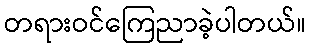
တရားဝင်ကြေညာခဲ့ပါတယ်။